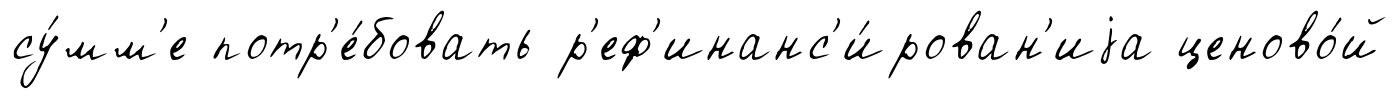
су́мм'е потр'е́бовать р'еф'инанс'и́рован'иjа ценово́й